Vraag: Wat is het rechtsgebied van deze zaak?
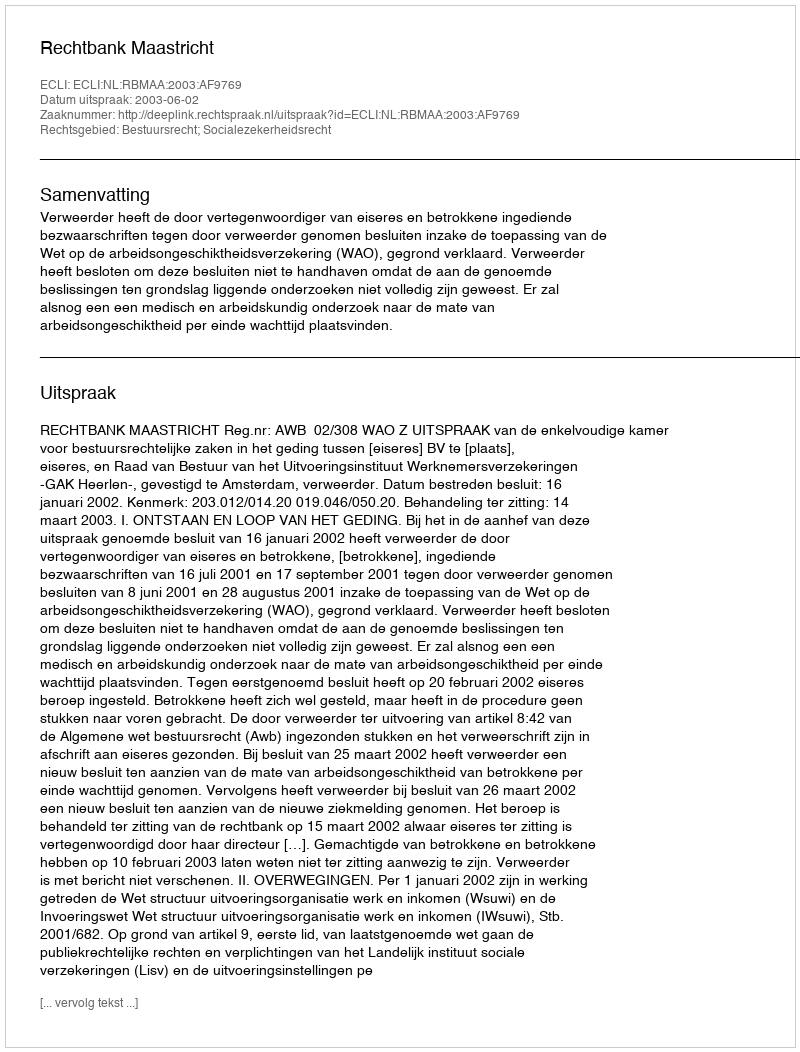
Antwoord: Bestuursrecht; Socialezekerheidsrecht